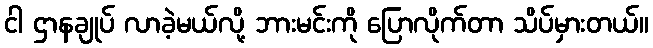
ငါ ဌာနချုပ် လာခဲ့မယ်လို့ ဘားမင်းကို ပြောလိုက်တာ သိပ်မှားတယ်။